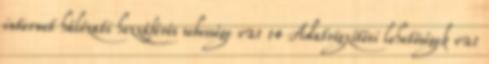
internet hálózati hozzáférés sebessége v21 14 Adatrögzítési lehetőségek v21